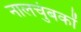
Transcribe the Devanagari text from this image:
नालचुंबकों